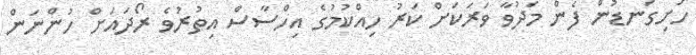
ހަށިގަނޑުން ފެން މަދުވާ ވަރަކަށް ކަރު ހިއްކުމުގެ އިހްސާސް އިތުރުވެ ރޯދައަށް ހުންނަން